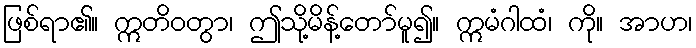
ဖြစ်ရာ၏။ ဣတိဝတွာ၊ ဤသို့မိန့်တော်မူ၍။ ဣမံဂါထံ၊ ကို။ အာဟ၊